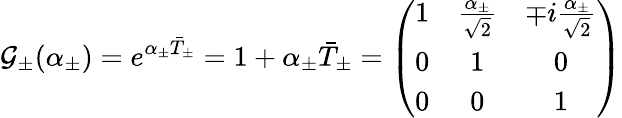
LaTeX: \mathcal{G}_{\pm}(\alpha_{\pm})=e^{\alpha_{\pm}\bar{{T}}_{\pm}}=1+\alpha_{\pm}\bar{{T}}_{\pm}=\left(\begin{array}{ccc}{{1}}&{{\frac{\alpha_{\pm}}{\sqrt{2}}}}&{{\mp i\frac{\alpha_{\pm}}{\sqrt{2}}}}\\ {{0}}&{{1}}&{{0}}\\ {{0}}&{{0}}&{{1}}\end{array}\right)